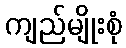
ကျည်မျိုးစုံ